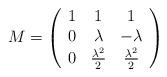
LaTeX: \begin{align*}{{M}}=\left ( \begin{array}{ccc} 1 &1 &1 \\ 0 &\lambda & -\lambda\\0 &\frac{\lambda^2}{2} & \frac{\lambda^2}{2}\end{array} \right) \end{align*}